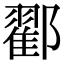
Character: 𨞩